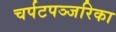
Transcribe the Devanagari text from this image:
चर्पटपञ्जरिका